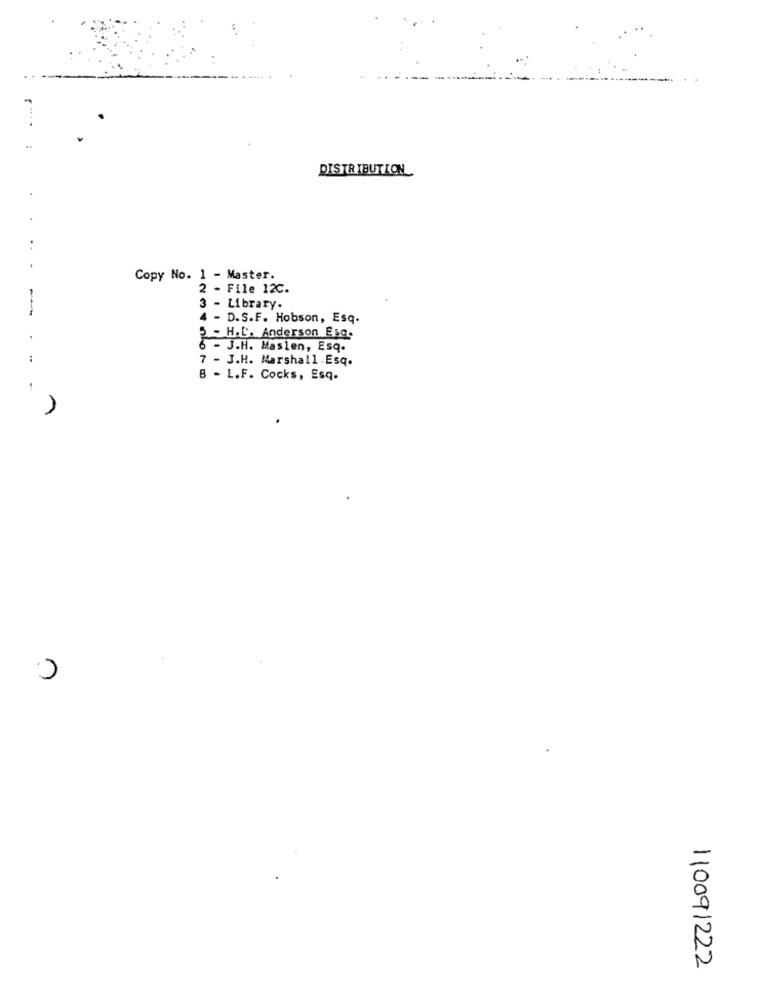
DISTRIBUTION
Copy No. 1 - Master.
2 - File 12C.
3 - Library.
4 - D.S.F. Hobson, Esq.
5 - H.L. Anderson Esc.
6 - J.H. Maslen, Esq.
7 - J.H. Marshall . Esq.
8 - L.F. Cocks, Esq.
-
U
110091222